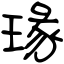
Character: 瑑